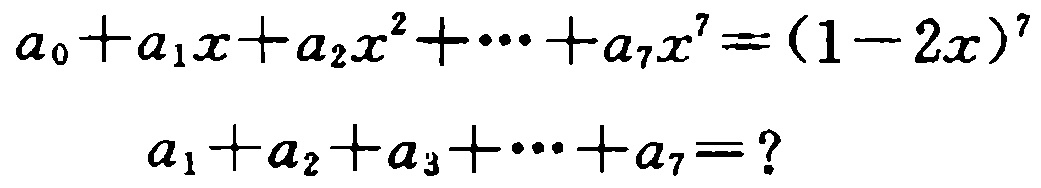
\(a_{0}+a_{1}x + a_{2}x^{2}+\cdots + a_{7}x^{7}=(1 - 2x)^{7}\)
\(a_{1}+a_{2}+a_{3}+\cdots + a_{7}=?\)